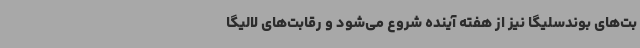
بت‌های بوندسلیگا نیز از هفته آینده شروع می‌شود و رقابت‌های لالیگا